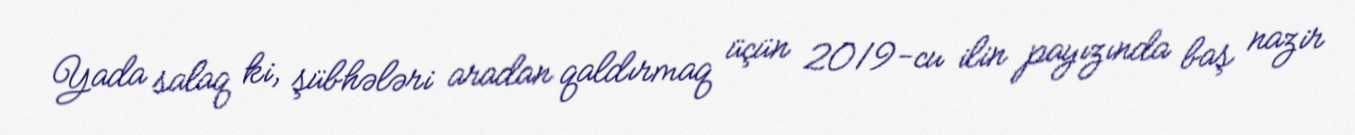
Yada salaq ki, şübhələri aradan qaldırmaq üçün 2019-cu ilin payızında baş nazir